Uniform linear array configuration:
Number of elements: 16
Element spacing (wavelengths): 1
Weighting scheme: binomial
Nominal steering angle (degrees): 45
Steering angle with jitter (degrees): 45.36
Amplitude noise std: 0.05
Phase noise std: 0.05

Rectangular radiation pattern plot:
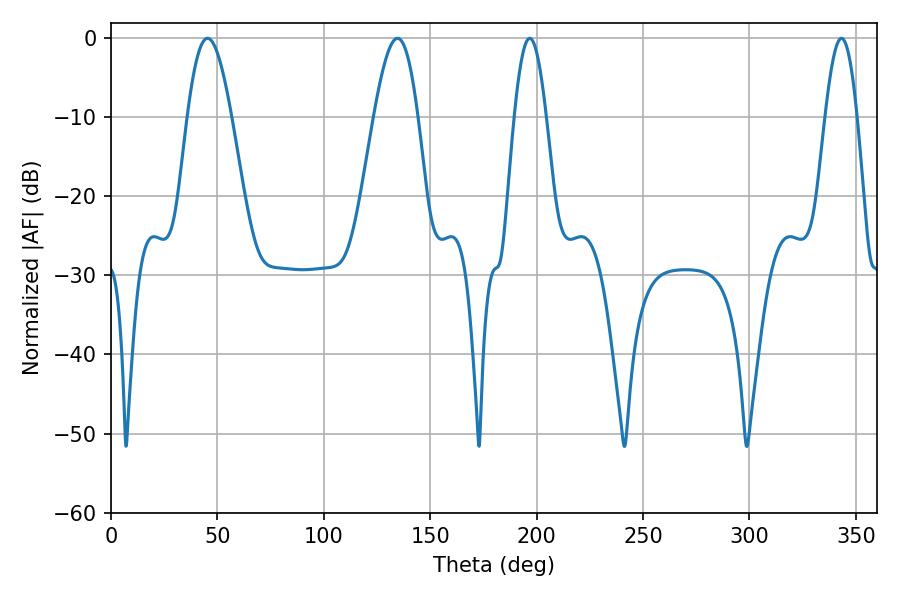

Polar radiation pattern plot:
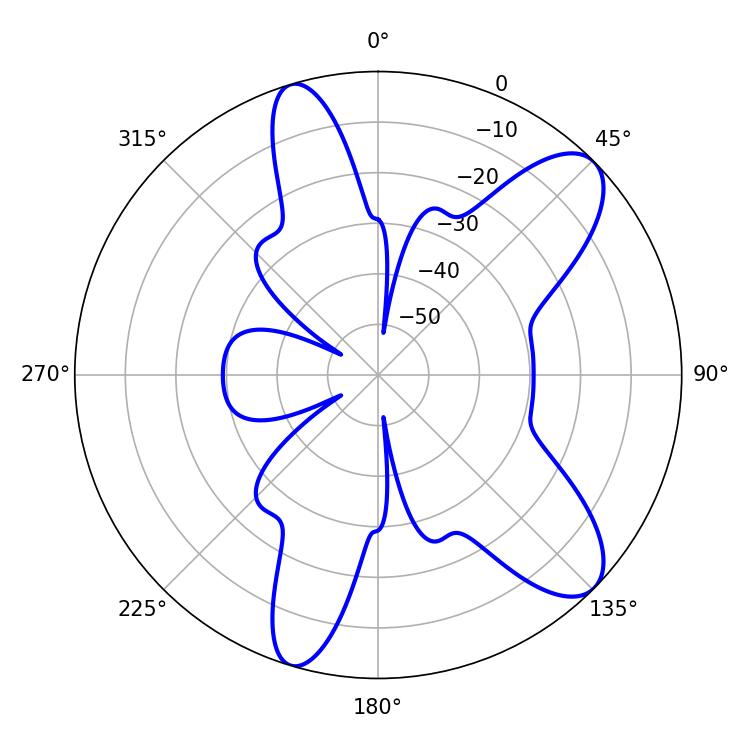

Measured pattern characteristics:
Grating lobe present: TRUE
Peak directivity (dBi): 9.681
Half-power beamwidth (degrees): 10.98
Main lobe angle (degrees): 134.64